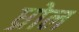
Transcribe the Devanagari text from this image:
ध्रोल